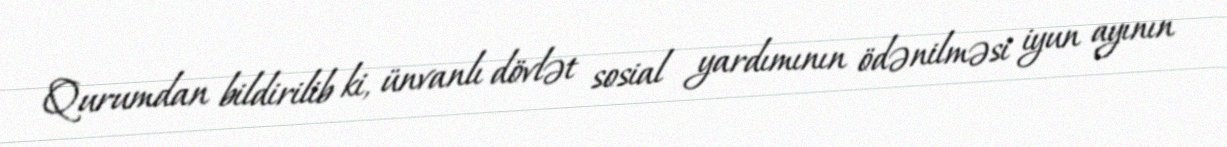
Qurumdan bildirilib ki, ünvanlı dövlət sosial yardımının ödənilməsi iyun ayının